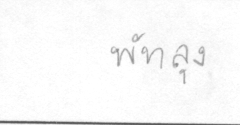
พัทลุง